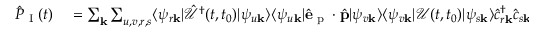
\begin{array} { r l } { \hat { P } _ { \textrm { I } } ( t ) } & { { } = \sum _ { \mathbf { k } } \sum _ { u , v , r , s } \langle \psi _ { r \mathbf { k } } | \mathcal { \hat { U } } ^ { \dagger } ( t , t _ { 0 } ) | \psi _ { u \mathbf { k } } \rangle \langle \psi _ { u \mathbf { k } } | \hat { \mathbf { e } } _ { \textrm { p } } \cdot \hat { \mathbf { p } } | \psi _ { v \mathbf { k } } \rangle \langle \psi _ { v \mathbf { k } } | \mathcal { U } ( t , t _ { 0 } ) | \psi _ { s \mathbf { k } } \rangle \hat { c } _ { r \mathbf { k } } ^ { \dagger } \hat { c } _ { s \mathbf { k } } . } \end{array}